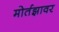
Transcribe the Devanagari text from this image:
मोर्तझावर